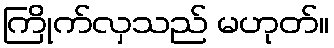
ကြိုက်လှသည် မဟုတ်။